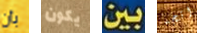
بأن يكون بين اتجه